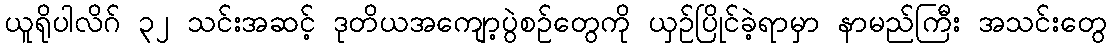
ယူရိုပါလိဂ် ၃၂ သင်းအဆင့် ဒုတိယအကျော့ပွဲစဉ်တွေကို ယှဉ်ပြိုင်ခဲ့ရာမှာ နာမည်ကြီး အသင်းတွေ